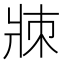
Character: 𤕹